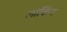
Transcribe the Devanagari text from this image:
लोकिंग